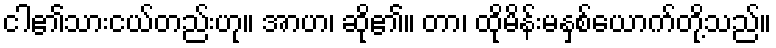
ငါ၏သားငယ်တည်းဟု။ အာဟ၊ ဆို၏။ တာ၊ ထိုမိန်းမနှစ်ယောက်တို့သည်။